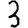
Digit: 3